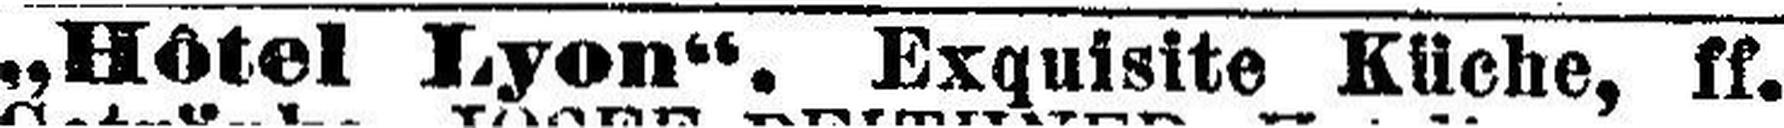
„Hôtel Lyon“. Exquisite Küche, ff.